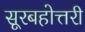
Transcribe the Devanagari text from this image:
सूरबहोत्तरी